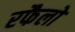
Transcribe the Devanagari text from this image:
रफैलो